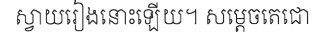
ស្វាយរៀងនោះឡើយ។ សម្តេចតេជោ